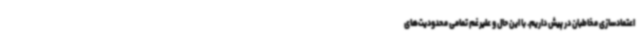
اعتمادسازی مخاطبان در پیش داریم. با این حال و علیرغم تمامی محدودیت‌های